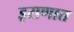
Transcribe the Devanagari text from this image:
इराणात